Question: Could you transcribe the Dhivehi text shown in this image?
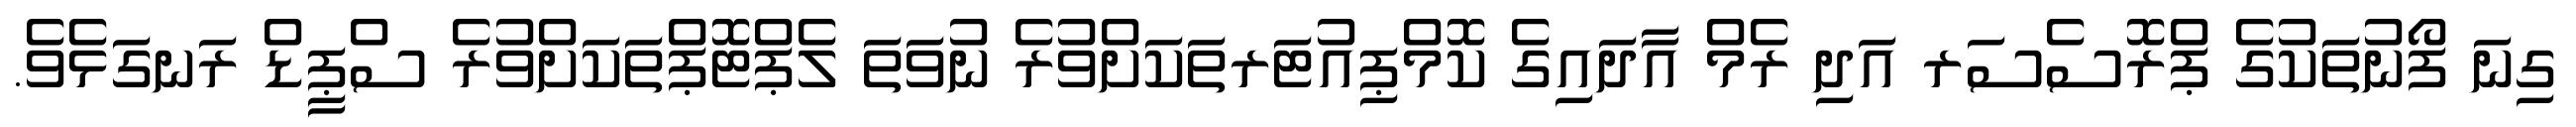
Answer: ގިނަ ފޯނުތަކުގެ ޕްރޮސެސަރ އަދި ރެމް އާދައިގެ ކޮމްޕިއުޓަރތަކަށްވުރެ ނުވަތަ ލެޕްޓޮޕްތަކަށްވުރެ ސްޕީޑް ރަނގަޅެވެ.